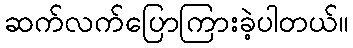
ဆက်လက်ပြောကြားခဲ့ပါတယ်။